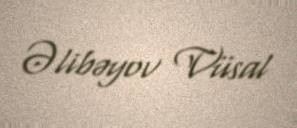
Əlibəyov Vüsal